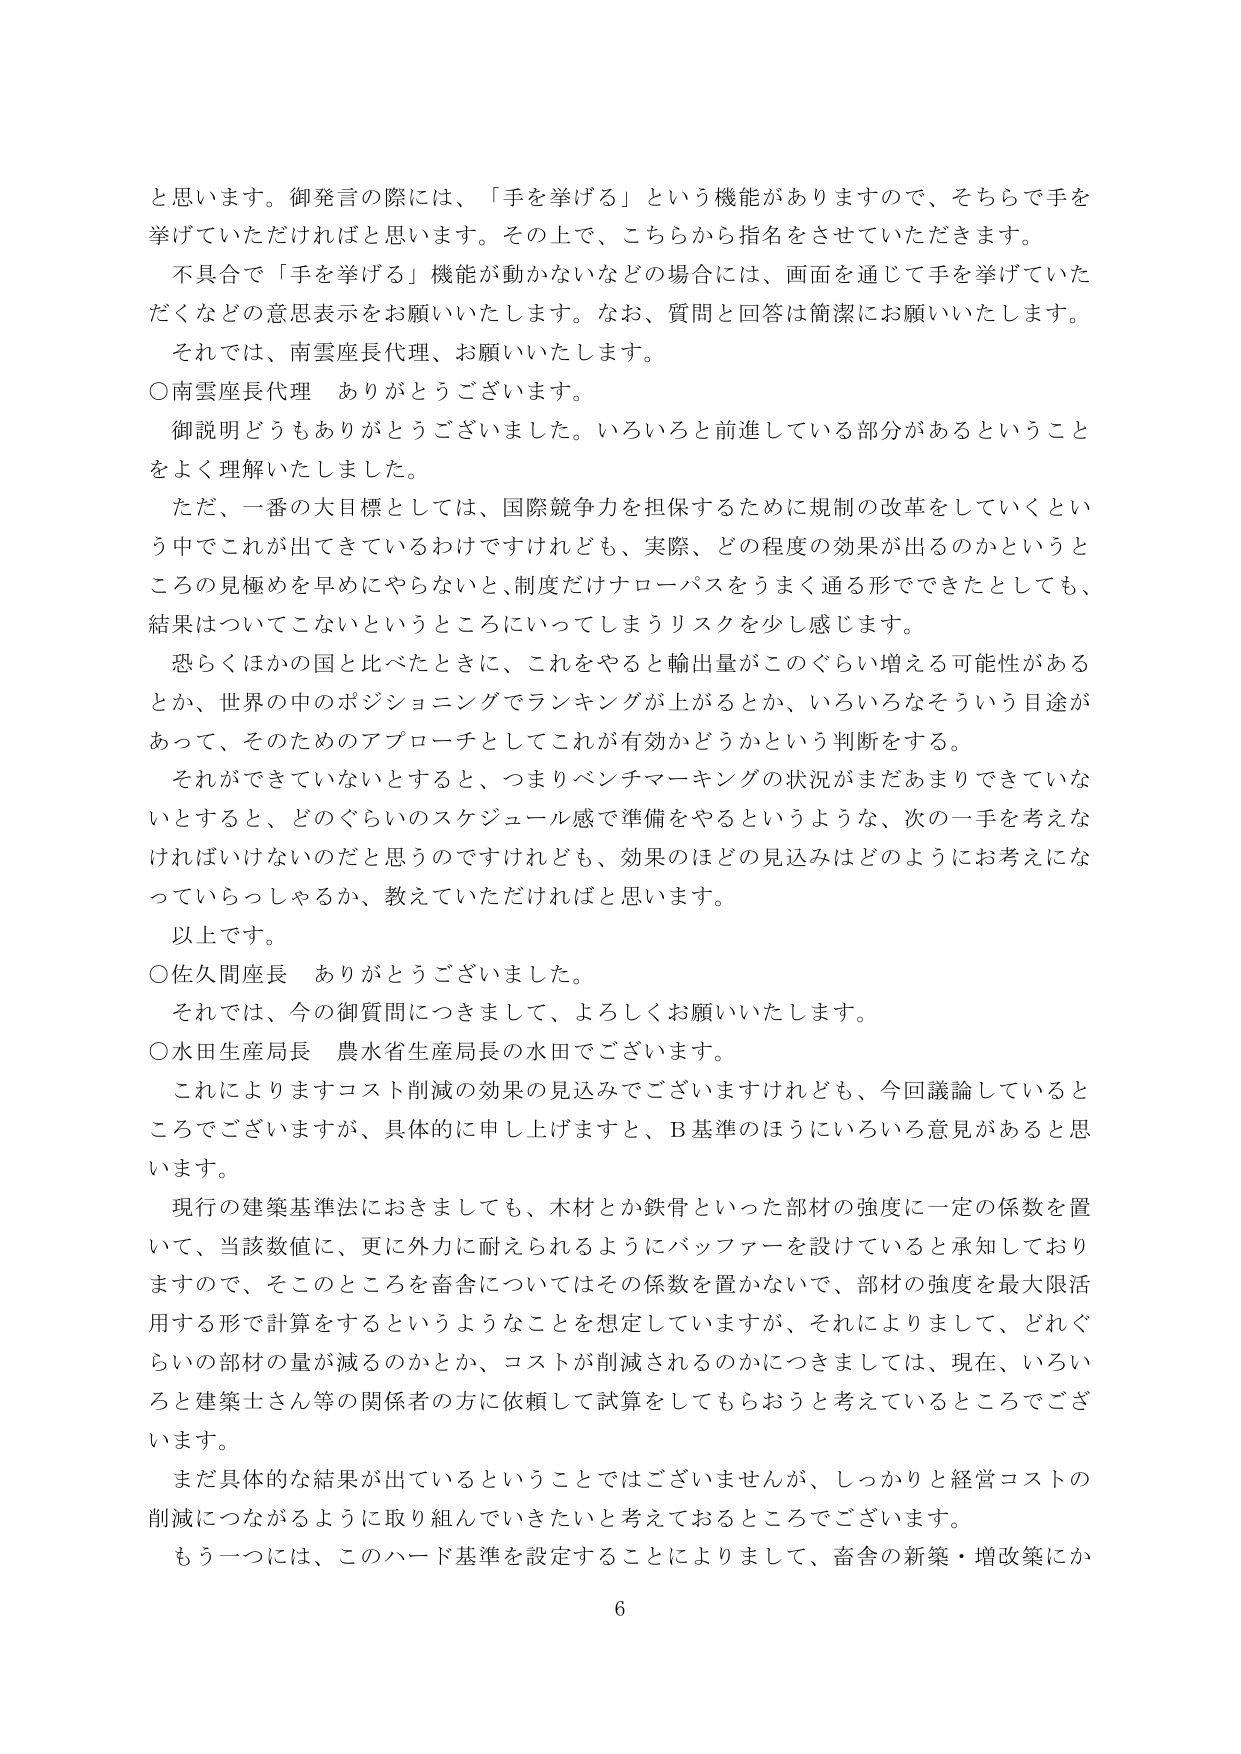
と思います。御発言の際には、「手を挙げる」という機能がありますので、そちらで手を挙げていただければと思います。その上で、こちらから指名をさせていただきます。
不具合で「手を挙げる」機能が動かないなどの場合には、画面を通じて手を挙げていただくなどの意思表示をお願いいたします。なお、質問と回答は簡潔にお願いいたします。
それでは、南雲座長代理、お願いいたします。
○南雲座長代理　ありがとうございます。
御説明どうもありがとうございました。いろいろと前進している部分があるということをよく理解いたしました。
ただ、一番の大目標としては、国際競争力を担保するために規制の改革をしていくという中でこれが出てきているわけですがけれども、実際、どの程度の効果が出るのかというところの見極めを早めにやらないと、制度だけナローパスをうまく通る形でできたとしても、結果はついてこないというところにいってしまうリスクを少し感じます。
恐らくほかの国と比べたときに、これをやると輸出量がこのぐらい増える可能性があるとか、世界の中のポジショニングでランキングが上がるとか、いろいろなそういう目途があって、そのためのアプローチとしてこれが有効かどうかという判断をする。
それができていないとすると、つまりベンチマーキングの状況がまだあまりできていないとすると、どのぐらいのスケジュール感で準備をやるというような、次の一歩を考えなければならないのだと思うのですけれども、効果のほどの見込みはどのようにお考えになっていらっしゃるか、教えていただければと思います。
以上です。
○佐久間座長　ありがとうございました。
それでは、今の御質問につきまして、よろしくお願いいたします。
○水田生産局長　農水省生産局長の水田でございます。
これによりますコスト削減の効果の見込みでございますけれども、今回議論しているところでございますが、具体的に申し上げますと、B基準のほうにいろいろ意見があると思います。
現行の建築基準法におきましても、木材とか鉄骨といった部材の強度に一定の係数を置いて、当該数値に、更に外力に耐えられるようにバッファーを設けていると承知しておりますので、そこのところを畜舎についてはその係数を置かないで、部材の強度を最大限活用する形で計算をするというようなことを想定していますが、それによりまして、どれぐらいの部材の量が減るのかとか、コストが削減されるのかにつきましては、現在、いろいろと建築士さん等の関係者の方に依頼して試算をしてもらおうと考えているところでございます。
まだ具体的な結果が出ているということではございませんが、しっかりと経営コストの削減につながるように取り組んでいきたいと考えておるところでございます。
もう一つには、このハード基準を設定することによりまして、畜舎の新築・増改築にか
6